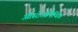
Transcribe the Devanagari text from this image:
ओस्टेओपैथिक